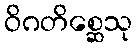
ဝိဂတိစ္ဆေသု